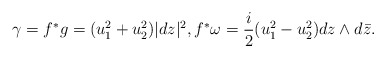
\begin{align*}\gamma= f^*g =(u_1^2+u_2^2)|dz|^2,f^*\omega = \frac{i}{2}(u_1^2-u_2^2)dz\wedge d\bar z.\end{align*}